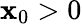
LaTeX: \mathbf{x}_{0}>0